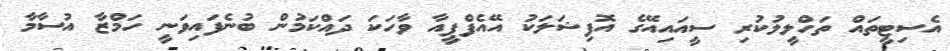
އެސިޓީތައް ތަހްލީލުކުރި ސީއައިއޭގެ އޮފިޝަލަކު އޭއެފްޕީއާ ވާހަކަ ދައްކަމުން ބުނެފައިވަނީ ހަމްޒާ އުސާމާ